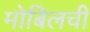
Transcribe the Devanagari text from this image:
मोबिलची